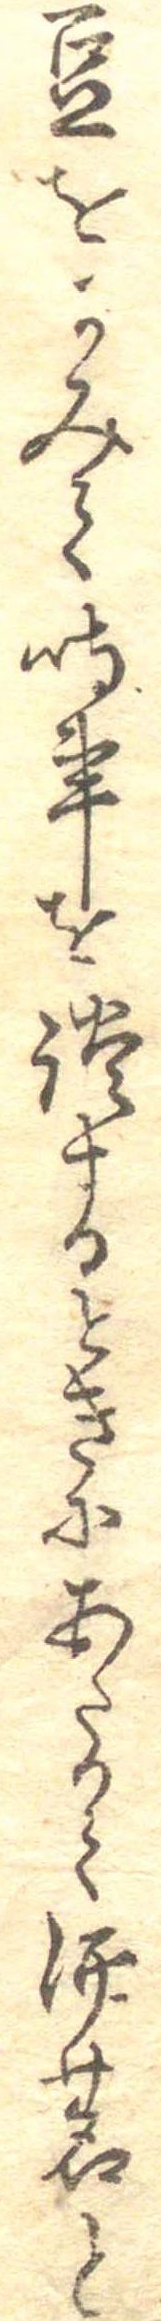
豆をかみて時事を談するときにあたりて酒茗と